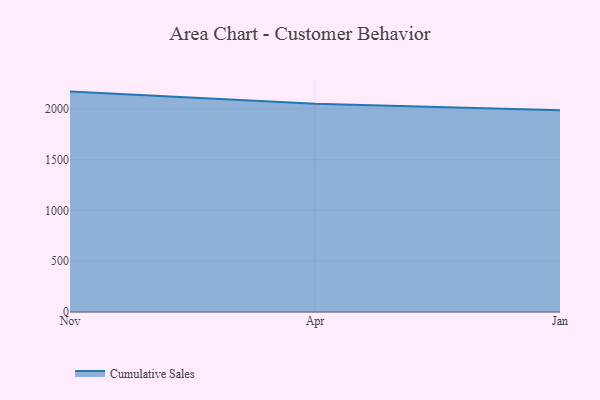
{"axis": {"x": "Month", "y": "Latency (ms)"}, "legend": ["Cumulative Sales"], "data": [{"x": "Nov", "y": 2169.6, "type": "Cumulative Sales"}, {"x": "Apr", "y": 2049.1, "type": "Cumulative Sales"}, {"x": "Jan", "y": 1986.1, "type": "Cumulative Sales"}]}